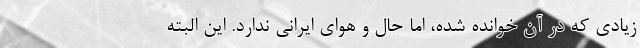
زيادي كه در آن خوانده شده،‌ اما حال و هواي ايراني ندارد. اين البته